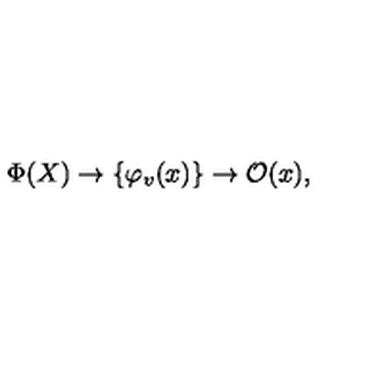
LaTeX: \Phi ( X ) \to \{ { \varphi } _ { v } ( x ) \} \to { \mathcal O } ( x ) ,